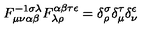
F _ { \mu \nu \alpha \beta } ^ { - 1 \sigma \lambda } F _ { \lambda \rho } ^ { \alpha \beta \tau \epsilon } = \delta _ { \rho } ^ { \sigma } \delta _ { \mu } ^ { \tau } \delta _ { \nu } ^ { \epsilon }